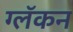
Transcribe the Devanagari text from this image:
ग्लॅकन